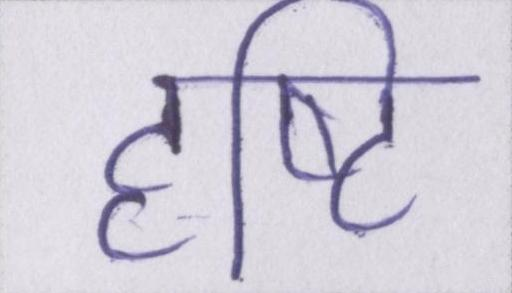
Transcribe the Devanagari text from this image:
दृष्टि